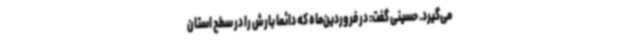
می‌گیرد. حسینی گفت: در فروردین‌ماه که دائماً بارش را در سطح استان